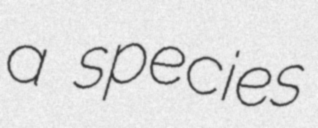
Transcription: a species